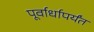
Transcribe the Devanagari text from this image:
पूर्वार्धापर्यंत